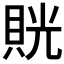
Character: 𧵦